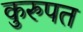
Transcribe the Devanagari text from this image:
कुरुपत